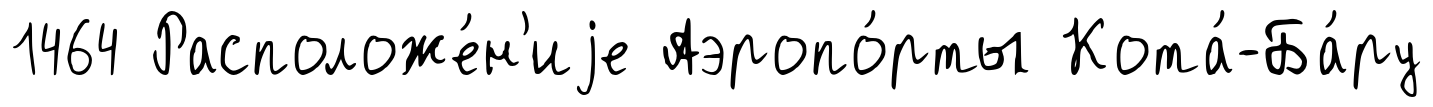
1464 Расположе́н'иjе Аэропо́рты Кота́-Ба́ру